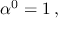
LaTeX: \alpha ^ { 0 } = 1 \, ,